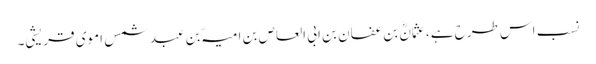
نسب اس طرح ہے، عثمانؓ بن عفان بن ابی العاص بن امیہّ بن عبد شمس اموی قریشی۔